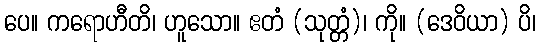
ပေ။ ကရောဟီတိ၊ ဟူသော။ ဧတံ (သုတ္တံ)၊ ကို။ (ဒေဝိယာ) ပိ၊